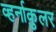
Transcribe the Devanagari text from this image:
व्हर्नाकुलर